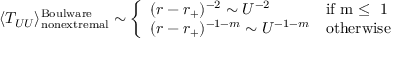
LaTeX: \langle T _ { U U } \rangle _ { \mathrm { n o n e x t r e m a l } } ^ { \mathrm { B o u l w a r e } } \sim \left\{ \begin{array} { l l } { { ( r - r _ { + } ) ^ { - 2 } \sim U ^ { - 2 } } } & { { \mathrm { i f ~ m \le ~ 1 ~ } } } \\ { { ( r - r _ { + } ) ^ { - 1 - m } \sim U ^ { - 1 - m } } } & { { \mathrm { o t h e r w i s e } } } \end{array} \right.